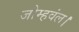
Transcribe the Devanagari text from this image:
जोम्हवंल।